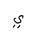
Letter: _ya